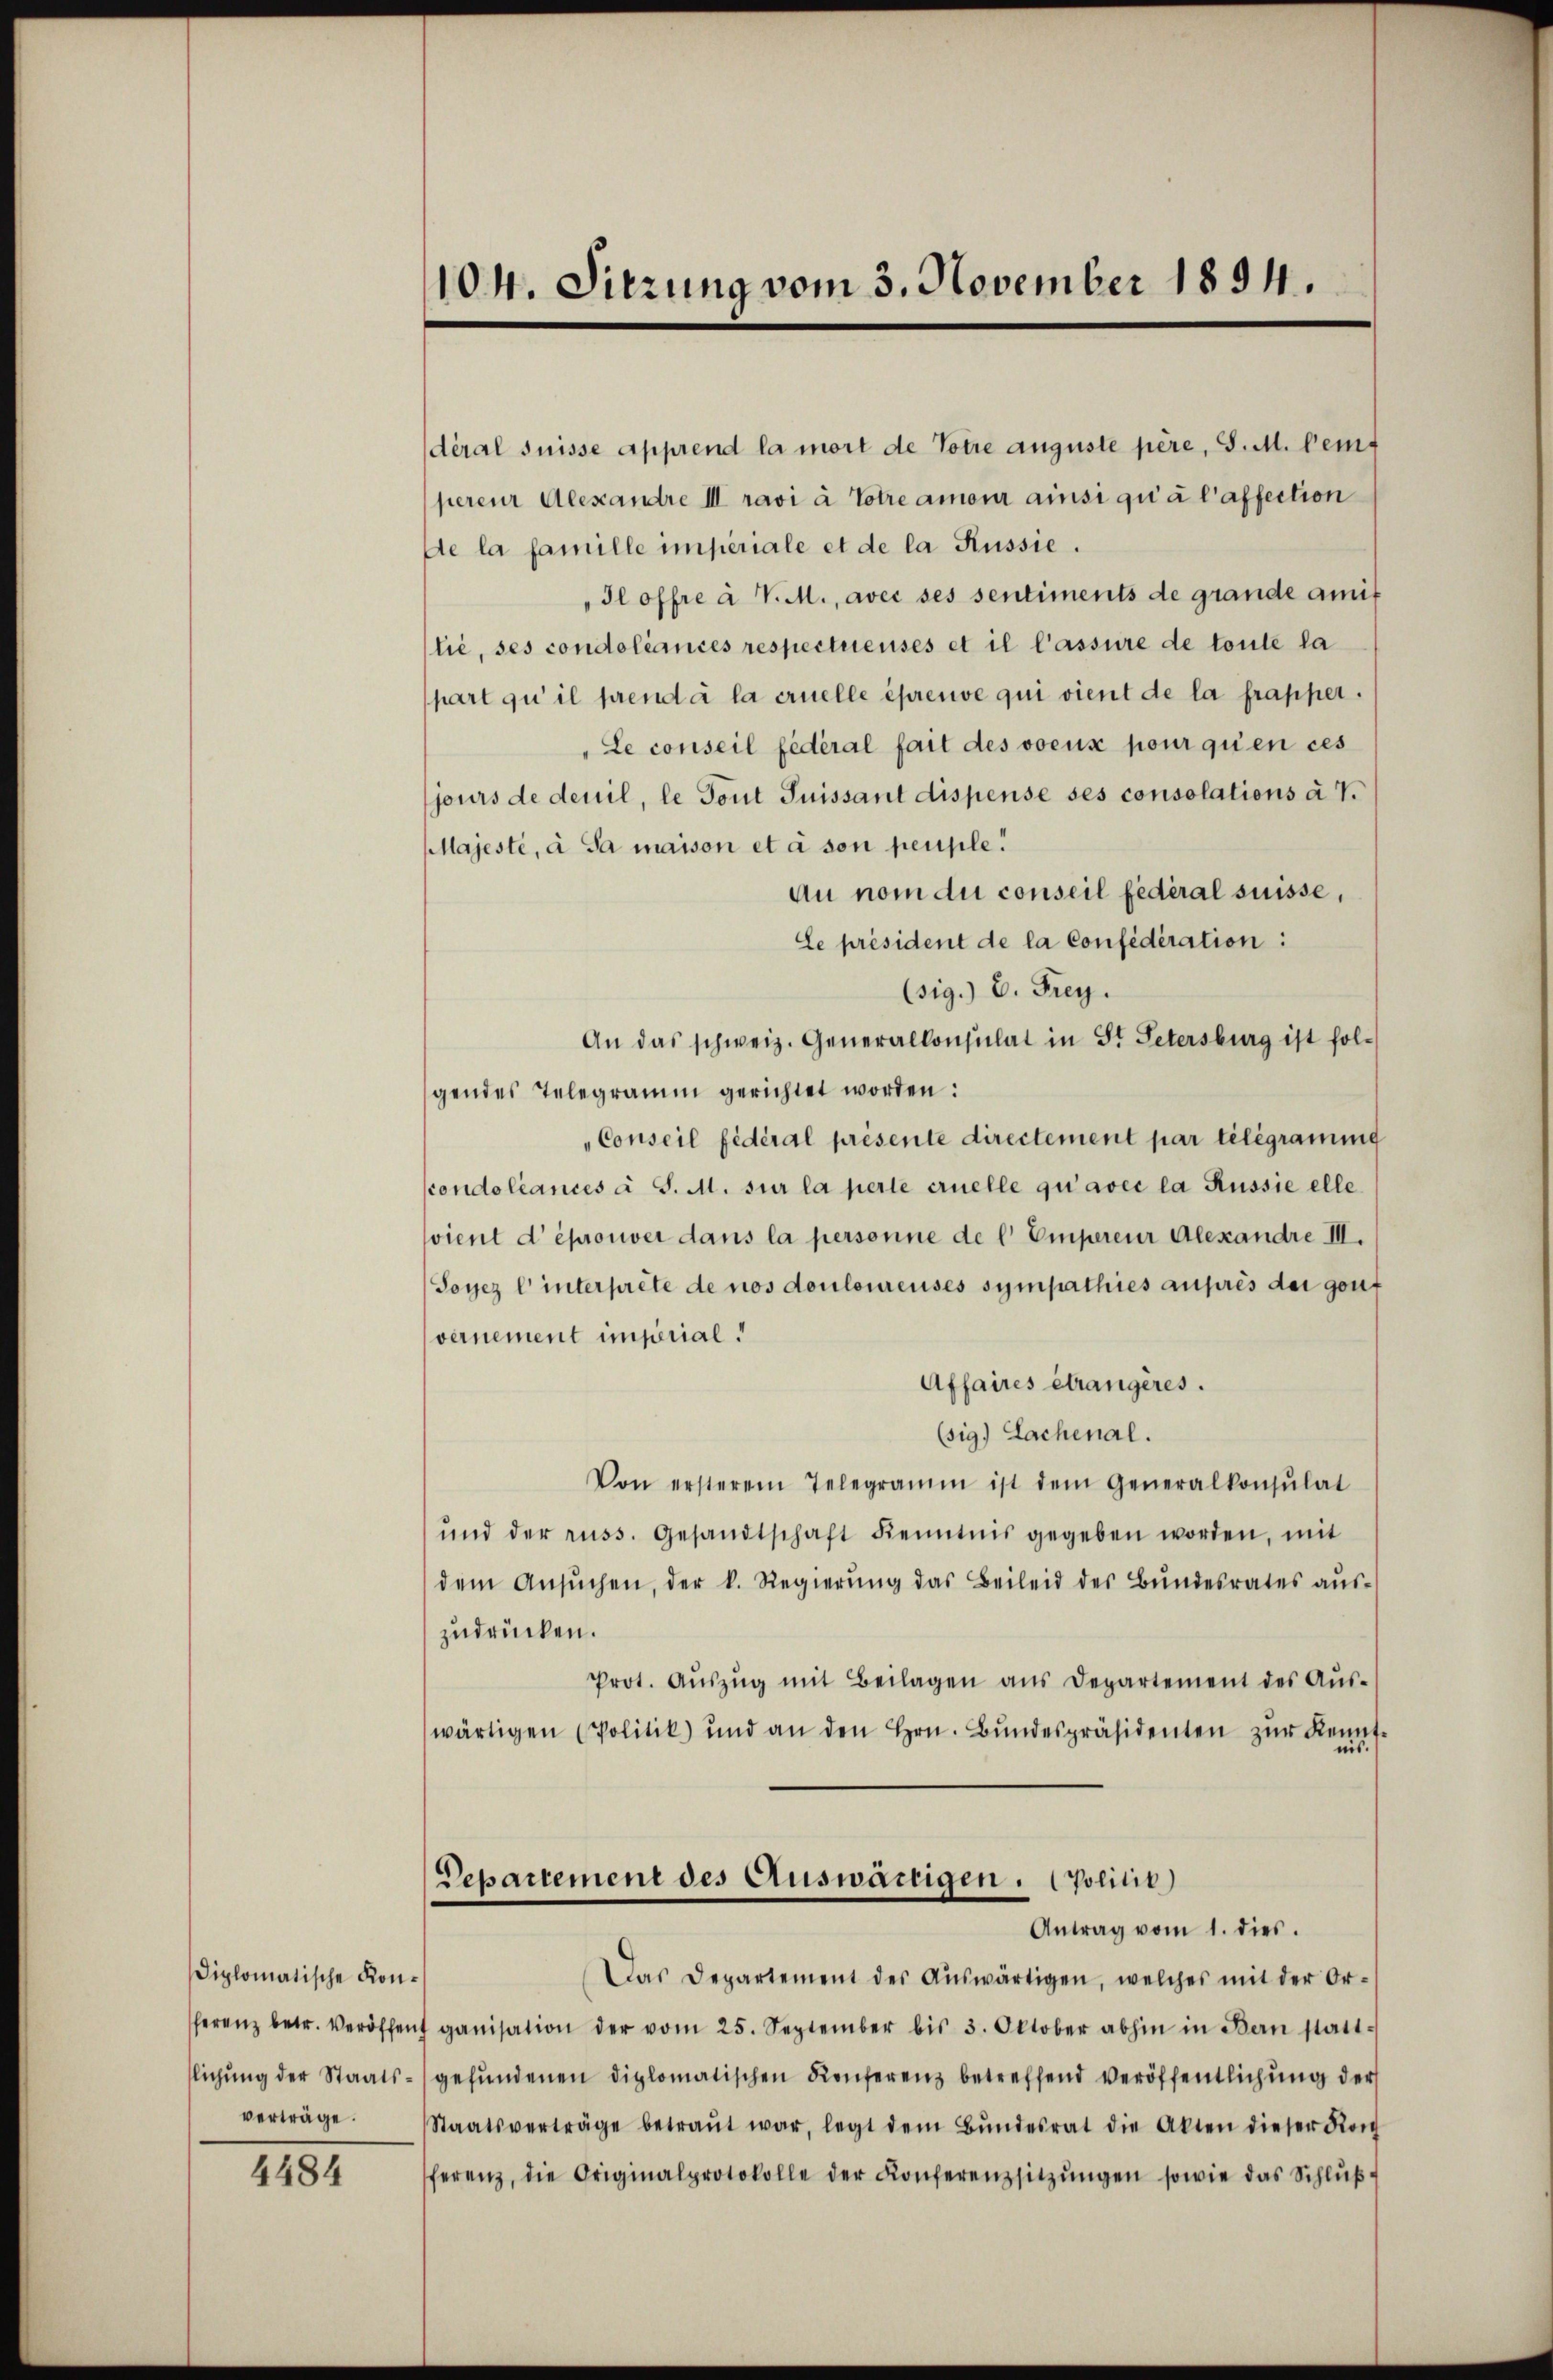
diplomatische Konverträge.

4484

104. Sitzung vom 3. November 1894.

déral suisse apprend la mort de Totre auguste père, S. M. bem
perer Alexandre III ravi à Totre amour ainsi qu’à l’affection
de la famille imperiale et de la Russie.
"Il offre à V.M., avec ses sentiments de grande amit
lie, ses condoliances respectuenses et il l’assure de toute la
part qu’ il prend à la cruelle épreuve qui vient de la frapper.
"Le conseil fédéral fait des voeux pour qu’en ces
jours de deuil, le Tout Suissant dispense ses consolations à 7.
Majesté, à sa maison et à son peuple!
Au nom du conseil fédéral suisse,
Le président de la Confédération:
(sig.) C. Frey.
An das schweiz. Generalkonsulat in St. Petersburg ist folgendes Telegramm gerichtet worden:
Conseil fédéral présente directement par telegramung
scondoliances à S. M. sur la perte ernelle qu’avec la Russie elle
vient déprouver dans la personne de l. Emperer Alexandre III.
Sorez l interprete de nos douloureuses sympathies auprès der gouf
vernement imperial.
Affaires étrangères.
(sig) Lachenal.
Von ersterem Telegramm ist dem Generalkonsŭlat
ŭnd der russ. Gesandtschaft Kenntnis gegeben worden, mit
dem Ansŭchen, der k. Regierŭng das Beileid des Bŭndesrates aŭs-
zudrücken.
Prot. Aŭszŭg mit Beilagen ans Departement des Aŭs-
wärtigen (Politik und an den Hrn. Bŭndespräsidenten zŭr Kenntiis
Departement des Auswärtigen. politik)
Antrag vom 1. dies.
Das Departement des Aŭswärtigen, welches mit der Or-
herenz betr. Veröffen ganisation der vom 25. September bis 3. Oktober abhin in Bern statt-
lichŭng der Staats-gefŭndenen diplomatischen Konferenz betreffend veröffentlichung der
Staatsverträge betraŭt war, legt dem Bŭndesrat die Akten dieser Kon
ferenz, die Originalprotokolle der Konferenzsitzŭngen sowie das Schlŭβ-